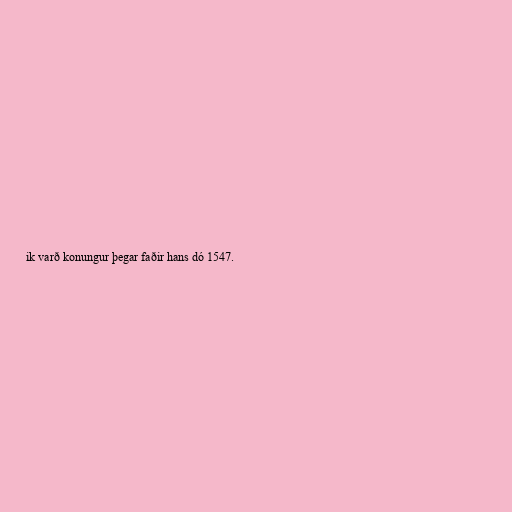
ik varð konungur þegar faðir hans dó 1547.